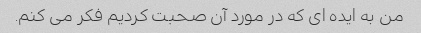
من به ایده ای که در مورد آن صحبت کردیم فکر می کنم.